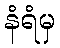
နံရံမှ